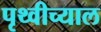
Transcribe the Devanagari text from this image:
पृथ्वीच्याल